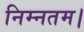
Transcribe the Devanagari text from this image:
निम्नतम।